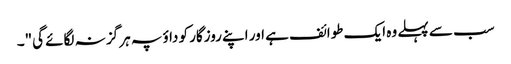
سب سے پہلے وہ ایک طوائف ہے اور اپنے روزگار کو داؤ پہ ہر گز نہ لگائے گی"۔